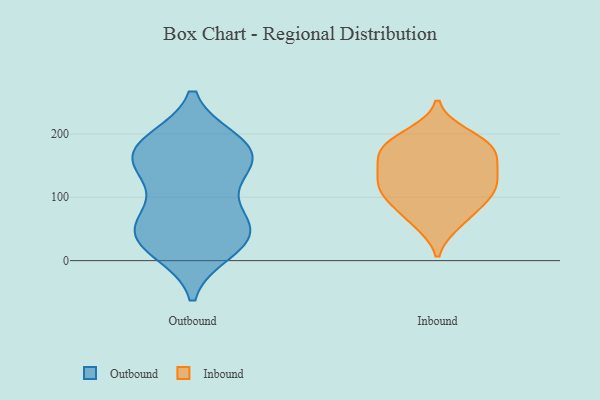
{"axis": {"x": "Satisfaction Score", "y": "Value"}, "legend": ["Inbound", "Outbound"], "data": [{"x": "", "y": 85, "type": "Outbound"}, {"x": "", "y": 154, "type": "Outbound"}, {"x": "", "y": 134, "type": "Outbound"}, {"x": "", "y": 186, "type": "Outbound"}, {"x": "", "y": 47, "type": "Outbound"}, {"x": "", "y": 34, "type": "Outbound"}, {"x": "", "y": 187, "type": "Outbound"}, {"x": "", "y": 17, "type": "Outbound"}, {"x": "", "y": 160, "type": "Outbound"}, {"x": "", "y": 189, "type": "Outbound"}, {"x": "", "y": 54, "type": "Outbound"}, {"x": "", "y": 145, "type": "Outbound"}, {"x": "", "y": 15, "type": "Outbound"}, {"x": "", "y": 50, "type": "Outbound"}, {"x": "", "y": 181, "type": "Outbound"}, {"x": "", "y": 74, "type": "Outbound"}, {"x": "", "y": 34, "type": "Outbound"}, {"x": "", "y": 155, "type": "Outbound"}, {"x": "", "y": 162, "type": "Inbound"}, {"x": "", "y": 64, "type": "Inbound"}, {"x": "", "y": 121, "type": "Inbound"}, {"x": "", "y": 199, "type": "Inbound"}, {"x": "", "y": 146, "type": "Inbound"}, {"x": "", "y": 127, "type": "Inbound"}, {"x": "", "y": 178, "type": "Inbound"}, {"x": "", "y": 104, "type": "Inbound"}, {"x": "", "y": 182, "type": "Inbound"}, {"x": "", "y": 106, "type": "Inbound"}, {"x": "", "y": 189, "type": "Inbound"}, {"x": "", "y": 144, "type": "Inbound"}, {"x": "", "y": 172, "type": "Inbound"}, {"x": "", "y": 110, "type": "Inbound"}, {"x": "", "y": 88, "type": "Inbound"}, {"x": "", "y": 60, "type": "Inbound"}]}